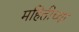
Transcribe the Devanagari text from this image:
महितीच्या